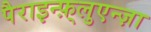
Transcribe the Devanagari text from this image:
पैराइन्फ़्लुएन्ज़ा